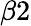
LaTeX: \beta 2